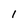
Character: I